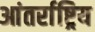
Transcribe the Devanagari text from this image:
आंतर्राष्ट्रिय